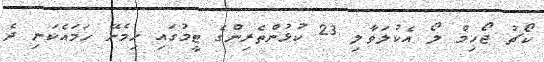
ކޯޗު ޖޯހިމް ލޯ އެކުލަވާލި 23 ކުޅުންތެރިންގެ ޓީމުގައި ހިމެނޭ ހަމައެކަނި ދެ